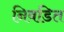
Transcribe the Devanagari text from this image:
निवडित